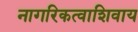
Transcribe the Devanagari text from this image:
नागरिकत्वाशिवाय